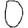
Digit: 0